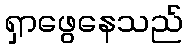
ရှာဖွေနေသည်